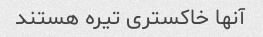
آنها خاکستری تیره هستند